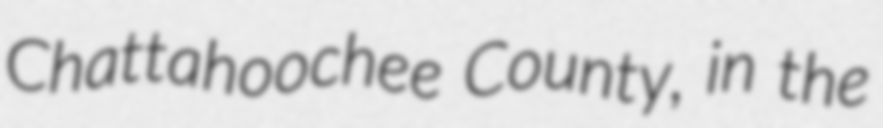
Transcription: Chattahoochee County, in the